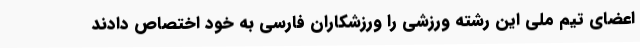
اعضای تیم ملی این رشته ورزشی را ورزشکاران فارسی به خود اختصاص دادند